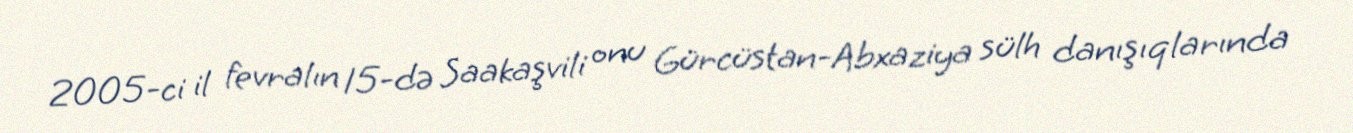
2005-ci il fevralın 15-də Saakaşvili onu Gürcüstan-Abxaziya sülh danışıqlarında